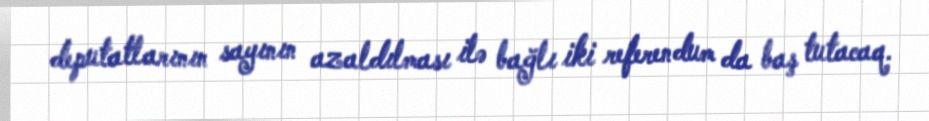
deputatlarının sayının azaldılması ilə bağlı iki referendum da baş tutacaq.